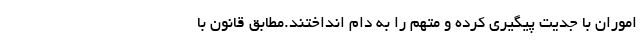
اموران با جدیت پیگیری کرده و متهم را به دام انداختند.مطابق قانون با